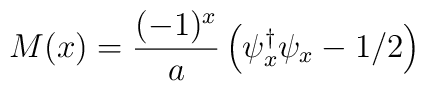
M(x)=\frac{(-1)^x}{a}\left(\psi_x^{\dagger}\psi_x-1/2\right)